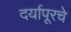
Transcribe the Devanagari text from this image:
दर्यापूरचे